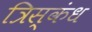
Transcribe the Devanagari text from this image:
त्रिस्कंध